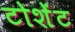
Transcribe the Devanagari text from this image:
टोशेंट